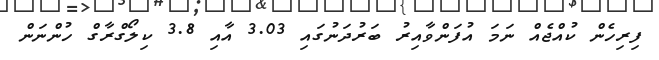
ފިރިހެން ކުއްޖެއް ނަމަ އުފަންވާއިރު ބަރުދަނުގައި 3.03 އާއި 3.8 ކިލޯގްރާގް ހުންނަން